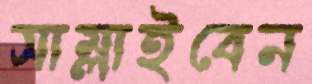
সাম্‌লাইবেন